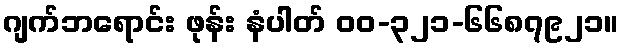
ဂျက်ဘရောင်း ဖုန်း နံပါတ် ဝဝ-၃၂၁-၆၆၈၇၉၂၁။